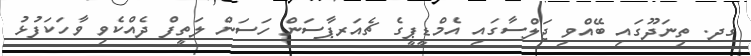
ގދ. ތިނަދޫގައި ބޭއްވި ޖަލްސާގައި އެމްޑީޕީގެ ޗެއަރޕާސަން ހަސަން ލަތީފް ދެއްކެވި ވާހަކަފުޅު